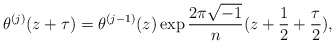
\begin{align*}\theta ^{(j)}(z+\tau )=\theta ^{(j-1)}(z)\exp \frac{2\pi \sqrt{-1}}{n}(z+\frac{1}{2}+\frac{\tau }{2}),\end{align*}